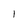
Character: l